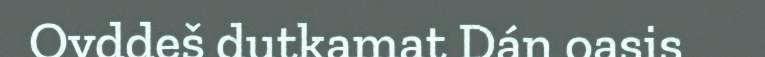
Ovddeš dutkamat Dán oasis